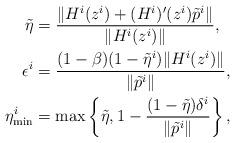
LaTeX: \begin{align*}\tilde{\eta} &= \frac{\| H^i(z^{i})+(H^{i})'(z^{i})\tilde{p}^{i} \|}{\| H^i(z^{i})\|},\\\epsilon ^i &=\frac{(1-\beta)(1-\tilde{\eta}^{i})\|H^i(z^{i})\|}{\|\tilde{p}^{i}\|},\\\eta_{\textrm{min}}^i&=\textrm{max}\left\{ \tilde{\eta}, 1-\frac{(1-\tilde{\eta})\delta^i}{\|\tilde{p}^{i}\|}\right\},\end{align*}